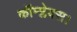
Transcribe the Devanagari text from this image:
कॉम्प्लेक्स।